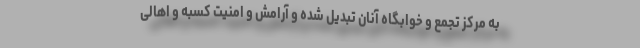
به مرکز تجمع و خوابگاه آنان تبدیل شده و آرامش و امنیت کسبه و اهالی